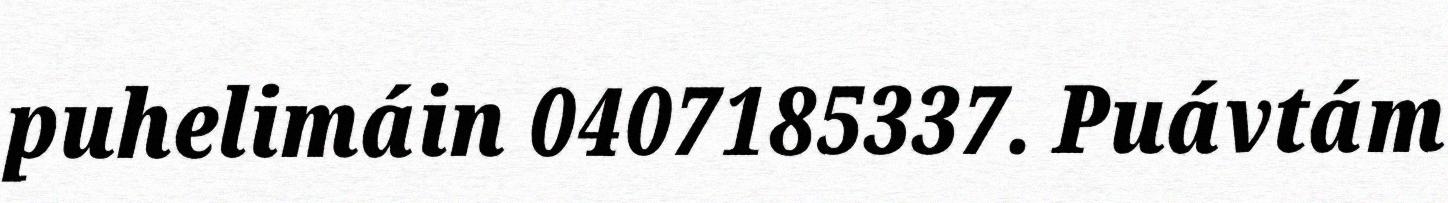
puhelimáin 0407185337. Puávtám